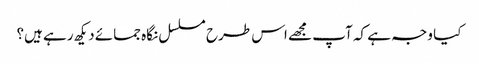
کیا وجہ ہے کہ آپ مجھے اس طرح مسلسل نگاہ جمائے دیکھ رہے ہیں؟